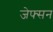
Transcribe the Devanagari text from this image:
जेफ्सन